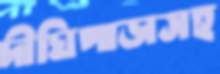
দীঘিপাড়াসহ